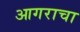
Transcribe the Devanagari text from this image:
आगराचा